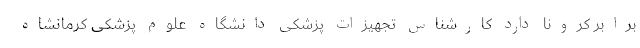
برابر کرونا دارد کارشناس تجهیزات پزشکی دانشگاه علوم پزشکی کرمانشاه